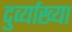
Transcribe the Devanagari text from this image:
दुर्व्याख्या